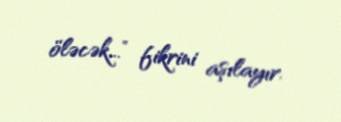
öləcək...” fikrini aşılayır.